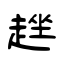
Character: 趖